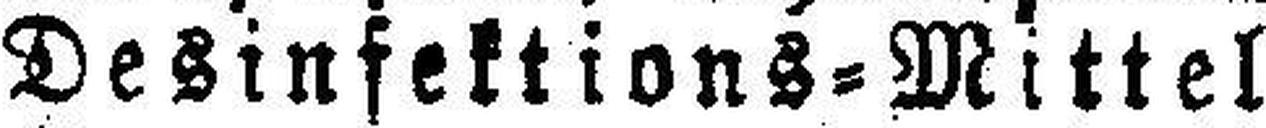
Desinfektions=Mittel